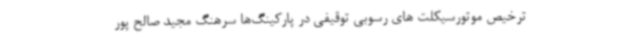
ترخیص موتورسیکلت های رسوبی توقیفی در پارکینگ‌ها سرهنگ مجید صالح پور